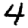
Digit: 4